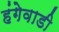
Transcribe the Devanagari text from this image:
हंगेवाडी